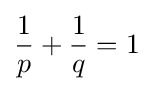
{\frac {1}{p}}+{\frac {1}{q}}=1